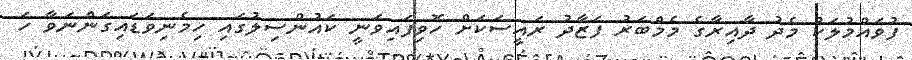
ފުވައްމުލަކު މެދު ދާއިރާގެ މެމްބަރު ފަޒާދު ރައީސަކަށް ހޮވިފައިވަނީ ކައުންސިލުގައި ހިމެނިވަޑައިގަންނަވާ ހަ